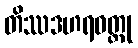
တိဿဒဟရဝတ္ထု